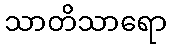
သာတိသာရော